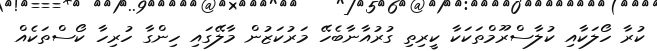
ކުރާ ހޯލަކާއި ކުލާސްރޫމްތަކަކާ ކީރިތި ގުރުއާނާބެހޭ މަރުކަޒުން މާލޭގައި ހިންގާ ހުރިހާ ކޯސްތަކެއް